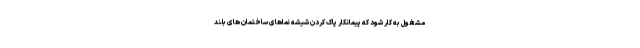
مشغول به کار شود که پیمانکار پاک کردن شیشه نماهای ساختمان های بلند